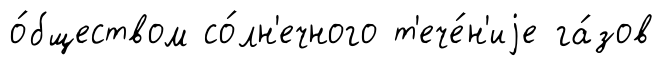
о́бществом со́лн'ечного т'ече́н'иjе га́зов